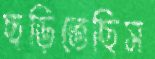
ছড়িতেছিস